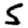
Digit: 5